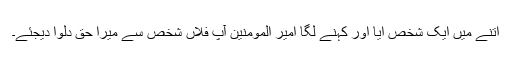
اتنے میں ایک شخص آیا اور کہنے لگا امیر المومنین آپؓ فلاں شخص سے میرا حق دلوا دیجئے۔